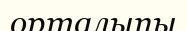
орталыпы